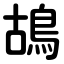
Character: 鴣